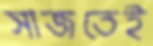
সাজতেই